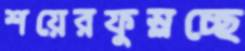
শয়েরফুস্‌লচ্ছে